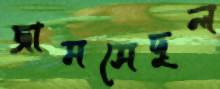
জামসেদুল